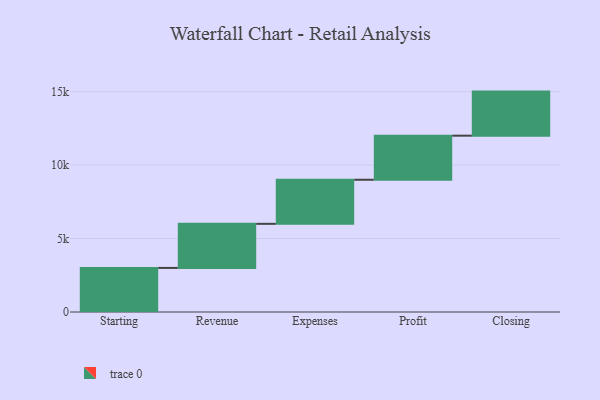
{"axis": {"x": "Step", "y": "Value"}, "legend": [""], "data": [{"x": "Starting", "y": 3000, "type": ""}, {"x": "Revenue", "y": 3000, "type": ""}, {"x": "Expenses", "y": 3000, "type": ""}, {"x": "Profit", "y": 3000, "type": ""}, {"x": "Closing", "y": 3000, "type": ""}]}